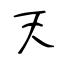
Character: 天